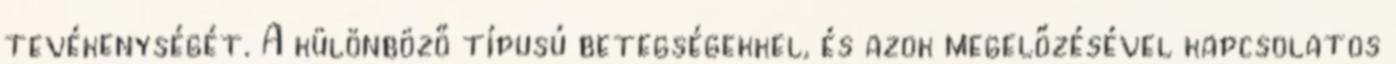
tevékenységét. A különböző típusú betegségekkel, és azok megelőzésével kapcsolatos